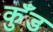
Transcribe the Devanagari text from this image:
कुँड